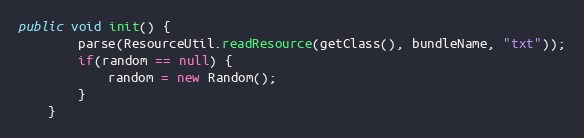
Language: Java
public void init() {
        parse(ResourceUtil.readResource(getClass(), bundleName, "txt"));
        if(random == null) {
            random = new Random();
        }
    }